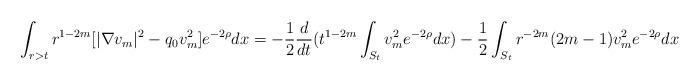
LaTeX: \begin{align*} \int_{r>t} r^{1-2m}[|\nabla v_m|^2-q_0v_m^2]e^{-2\rho} dx= -\frac{1}{2}\frac{d}{dt}(t^{1-2m}\int_{S_t}v_m^2e^{-2\rho}dx)-\frac{1}{2}\int_{S_t}r^{-2m}(2m-1)v_m^2e^{-2\rho}dx\end{align*}